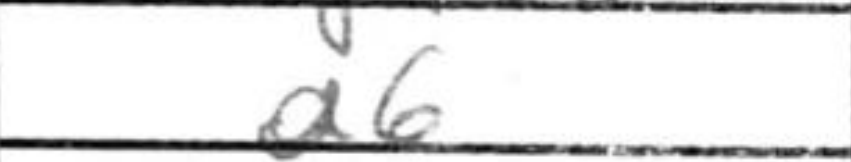
Transcription: a6